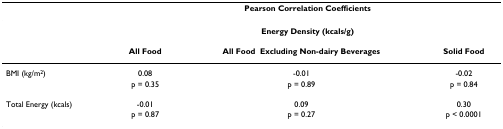
|  | <COLSPAN=3> Pearson Correlation Coefficients |
 | --- | --- | --- | --- |
 |  | <COLSPAN=3> Energy Density (kcals/g) |
 |  | All Food | All Food – Excluding Non-dairy Beverages | Solid Food |
 | BMI (kg/m2) | 0.08 | -0.01 | -0.02 |
 |  | p = 0.35 | p = 0.89 | p = 0.84 |
 | Total Energy (kcals) | -0.01 | 0.09 | 0.30 |
 |  | p = 0.87 | p = 0.27 | p < 0.0001 |